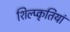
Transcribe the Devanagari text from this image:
शिल्प्कृतियां